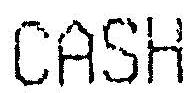
CASH